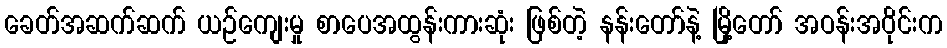
ခေတ်အဆက်ဆက် ယဉ်ကျေးမှု စာပေအထွန်းကားဆုံး ဖြစ်တဲ့ နန်းတော်နဲ့ မြို့တော် အဝန်းအဝိုင်းက